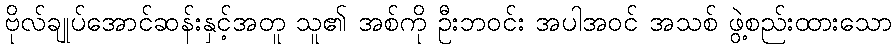
ဗိုလ်ချုပ်အောင်ဆန်းနှင့်အတူ သူ၏ အစ်ကို ဦးဘဝင်း အပါအဝင် အသစ် ဖွဲ့စည်းထားသော